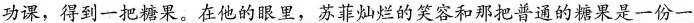
功课，得到一把糖果。在他的眼里，苏菲灿烂的笑容和那把普通的糖果是一份一